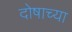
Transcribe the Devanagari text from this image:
दोषाच्या